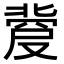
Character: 𠭼